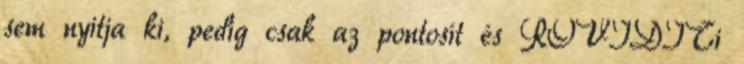
sem nyitja ki, pedig csak az pontosít és RÖVIDÍTi